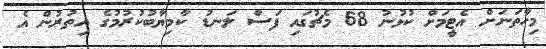
މިހާތަނަށް އެޓީމަށް ކުޅުނު 68 މެޗުގައި ފަސް ލަނޑު ކާމިޔާބުކުރުމުގެ އިތުރުން އެ